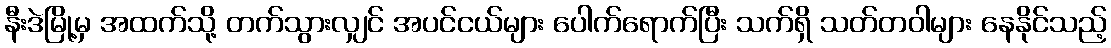
နီးဒဲမြို့မှ အထက်သို့ တက်သွားလျှင် အပင်ငယ်များ ပေါက်ရောက်ပြီး သက်ရှိ သတ်တဝါများ နေနိုင်သည့်